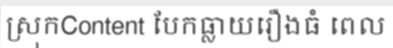
ស្រុកContent បែកធ្លាយរឿងធំ ពេល